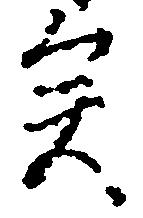
矣